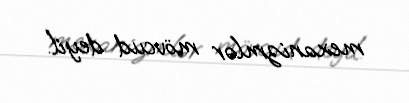
mexanizmlər mövcud deyil.